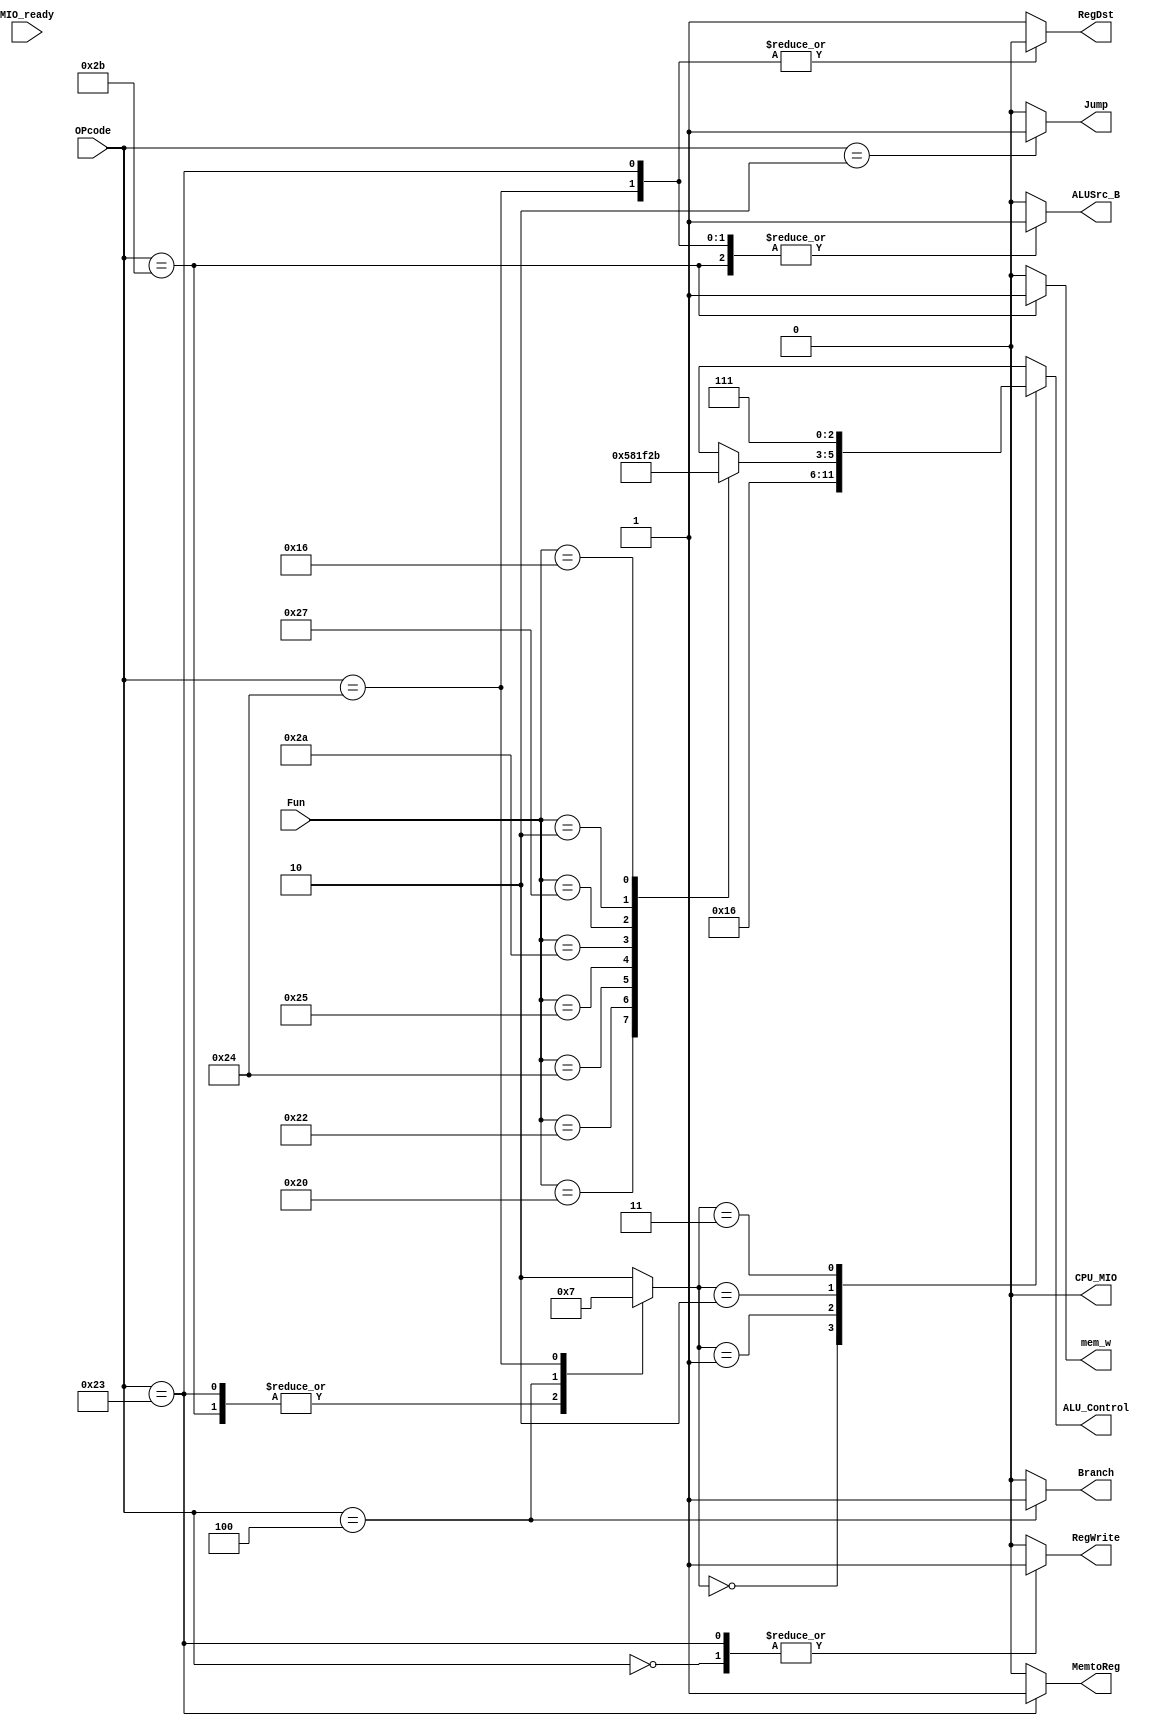
`timescale 1ns / 1ps
//////////////////////////////////////////////////////////////////////////////////
// Company: 
// Engineer: 
// 
// Design Name: 
// Module Name:    SCPU_ctrl 
// Project Name: 
// Target Devices: 
// Tool versions: 
// Description: 
//
// Dependencies: 
//
// Revision: 
// Revision 0.01 - File Created
// Additional Comments: 
//
//////////////////////////////////////////////////////////////////////////////////
module SCPU_ctrl(  input [5:0]OPcode, //OPcode
				   input [5:0]Fun, //Function
				   input MIO_ready, //CPU Wait
				   output reg RegDst,
				   output reg ALUSrc_B,
				   output reg MemtoReg,
				   output reg Jump,
				   output reg Branch,
				   output reg RegWrite,
				   output reg mem_w, 
				   output reg [2:0]ALU_Control,
				   output reg CPU_MIO
					);

	reg [1:0]ALUop;
	
	always @* begin
		RegDst = 1;
		ALUSrc_B = 0;
		ALUop = 2'b10;
		MemtoReg = 0;
		RegWrite = 0;
		mem_w = 0;

		CPU_MIO = 0;
		Branch = 0;
		Jump = 0;
		case(OPcode)
		6'b000000: begin 
						 ALUop = 2'b10;
						 RegDst = 1; 
						 RegWrite = 1;
						 end
		6'b100011: begin 
						 ALUop = 2'b00;
						 RegDst = 0;
						 ALUSrc_B = 1;
						 MemtoReg = 1;
						 RegWrite = 1;
						 end
		6'b101011: begin 
						 ALUop = 2'b00;
						 ALUSrc_B = 1;
						 mem_w = 1;
						 end
		6'b000100: begin ALUop = 2'b01;
						 Branch = 1;
						 end
		6'b000010: begin Jump = 1; end
		6'h24		: begin ALUop = 2'b11; RegDst = 0;
							  ALUSrc_B = 1;
							  end
		default: ALUop = 2'b10;
	endcase
end
	always @* begin
		case(ALUop)
		2'b00: ALU_Control = 3'b010;
		2'b01: ALU_Control = 3'b110;
		2'b10:
			case(Fun)
			6'b100000: ALU_Control = 3'b010;
			6'b100010: ALU_Control = 3'b110;
			6'b100100: ALU_Control = 3'b000;
			6'b100101: ALU_Control = 3'b001;
			6'b101010: ALU_Control = 3'b111;
			6'b100111: ALU_Control = 3'b100;
			6'b000010: ALU_Control = 3'b101;
			6'b010110: ALU_Control = 3'b011;
			default: ALU_Control = 3'bx;
			endcase
		2'b11: ALU_Control = 3'b111;
	endcase
end
				
endmodule